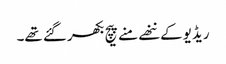
ریڈیو کے ننھے منے پیچ بکھر گئے تھے۔